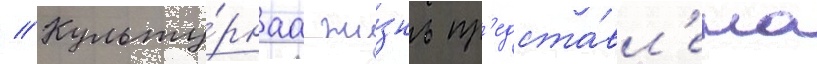
// Культу́рнаа жи́знь пр'едста́вл'ена